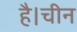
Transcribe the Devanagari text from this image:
है।चीन